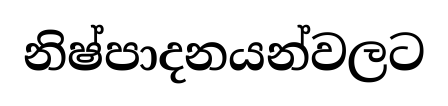
නිෂ්පාදනයන්වලට